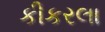
કીકરલા